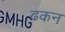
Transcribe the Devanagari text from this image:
ढकन